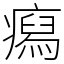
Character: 𤺎